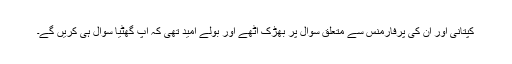
کپتانی اور اُن کی پرفارمنس سے متعلق سوال پر بھڑک اٹھے اور بولے امید تھی کہ آپ گھٹیا سوال ہی کریں گے۔